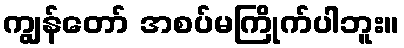
ကျွန်တော် အစပ်မကြိုက်ပါဘူး။